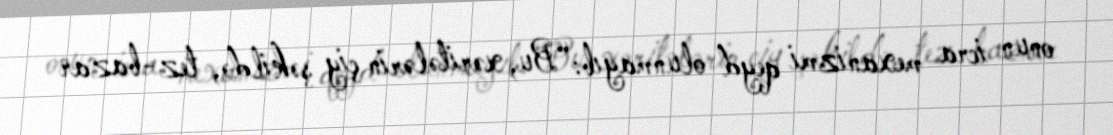
onun icra mexanizmi qeyd olunmayıb: “Bu, xəritələrin çiy şəkildə, tez-bazar